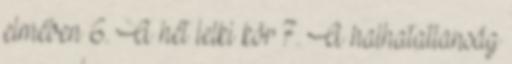
elmében 6. A hét lelki kör 7. A halhatatlanság